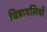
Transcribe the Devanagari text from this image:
चित्रावलियों